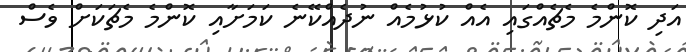
އަދި ކޮންމެ މެޗެއްގައި އެއް ކުޅުމެއް ނުދެއްކޭނެ ކަމަށާއި ކޮންމެ މެޗަކަށް ވެސް